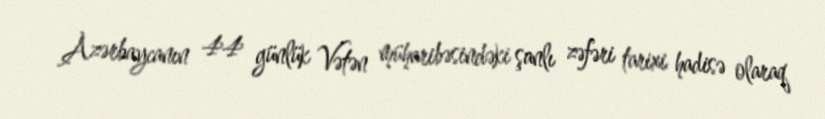
Azərbaycanın 44 günlük Vətən müharibəsindəki şanlı zəfəri tarixi hadisə olaraq